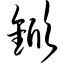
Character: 锨